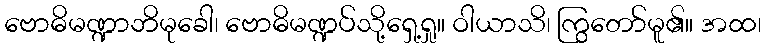
ဗောဓိမဏ္ဍာဘိမုခေါ၊ ဗောဓိမဏ္ဍပ်သို့ရှေ့ရှု။ ဝါယာသိ၊ ကြွတော်မူ၏။ အထ၊